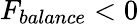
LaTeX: F_{balance}<0